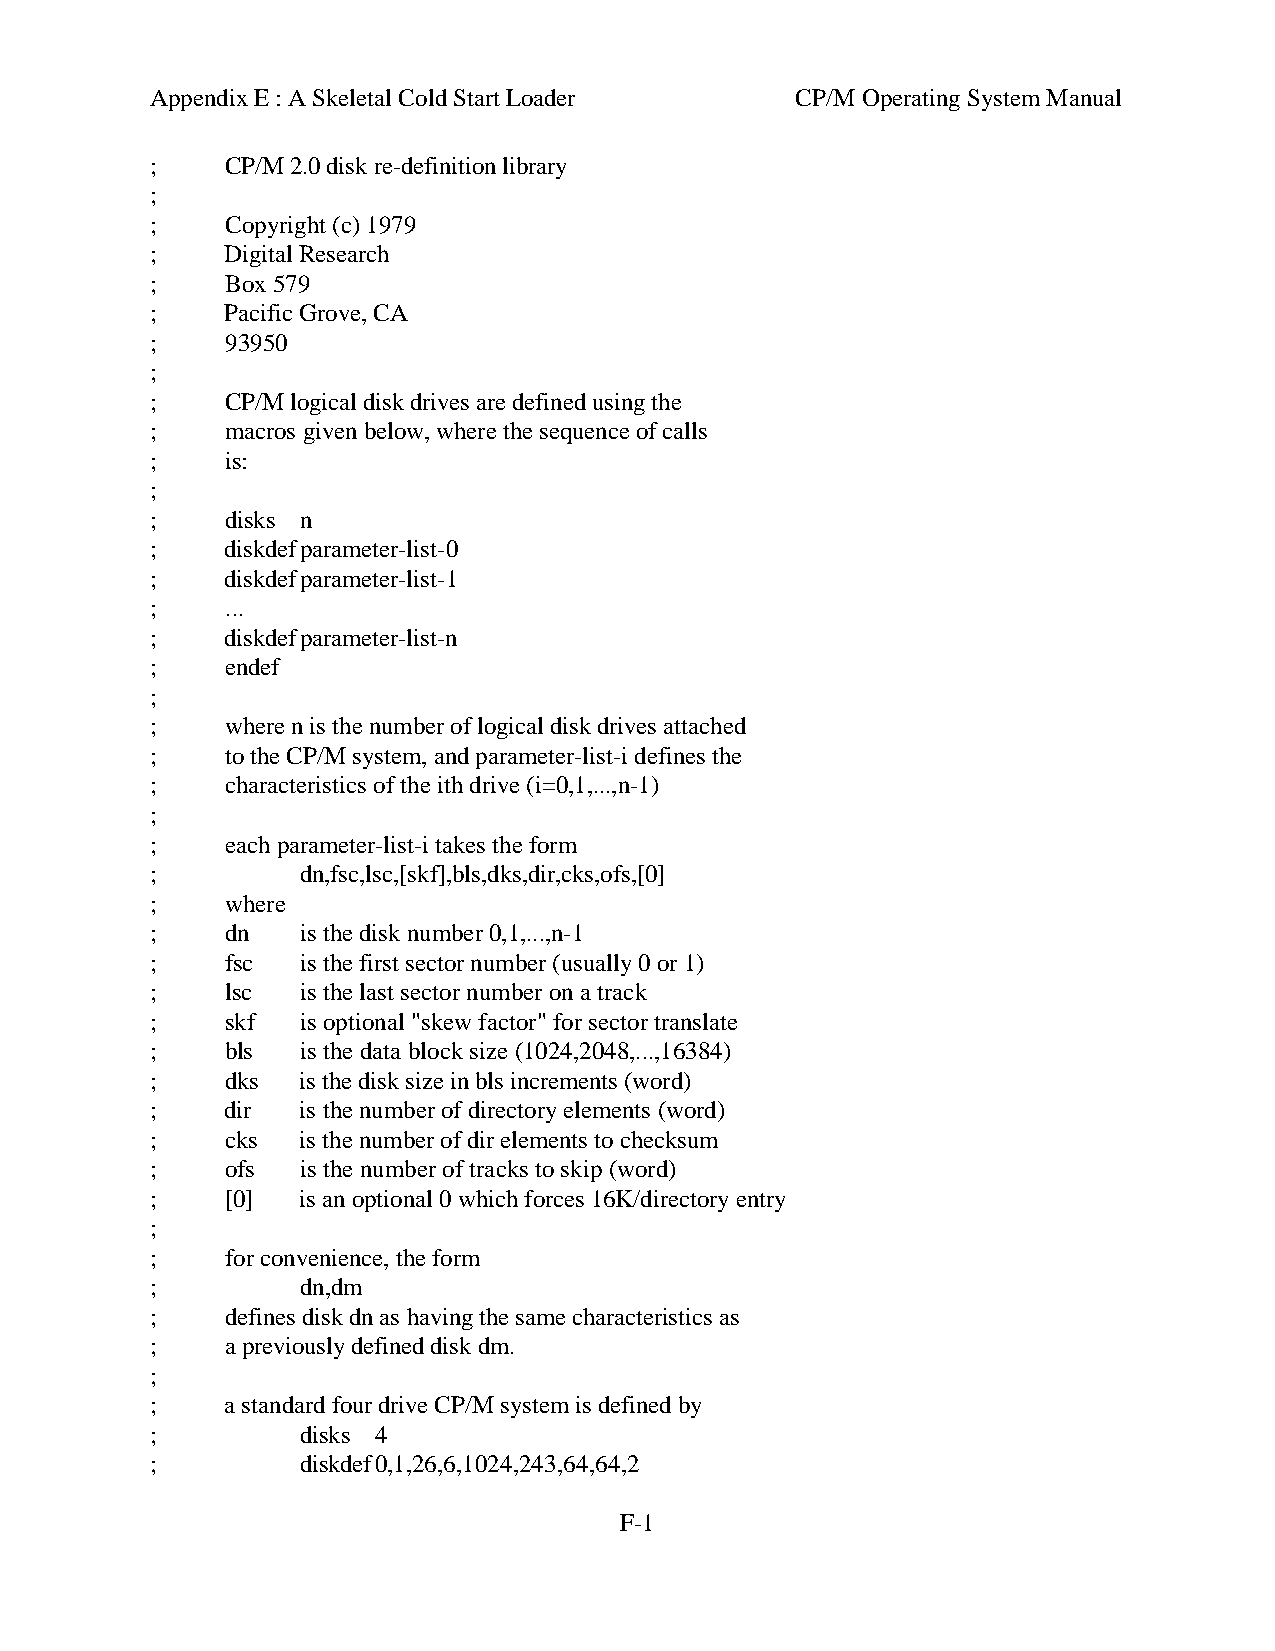
Appendix E : A Skeletal Cold Start Loader  CP/M Operating System Manual
 ;    CP/M 2.0 disk re-definition library
 ;
 ;    Copyright (c) 1979
 ;    Digital Research
 ;    Box 579
 ;    Pacific Grove, CA
 ;    93950
 ;
 ;    CP/M logical disk drives are defined using the
 ;    macros given below, where the sequence of calls
 ;    is:
 ;
 ;    disks n
 ;    diskdefparameter-list-0
 ;    diskdefparameter-list-1
 ;    ...
 ;    diskdefparameter-list-n
 ;    endef
 ;
 ;    where n is the number of logical disk drives attached
 ;    to the CP/M system, and parameter-list-i defines the
 ;    characteristics of the ith drive (i=0,1,...,n-1)
 ;
 ;    each parameter-list-i takes the form
 ;         dn,fsc,lsc,[skf],bls,dks,dir,cks,ofs,[0]
 ;    where
 ;    dn   is the disk number 0,1,...,n-1
 ;    fsc  is the first sector number (usually 0 or 1)
 ;    lsc  is the last sector number on a track
 ;    skf  is optional "skew factor" for sector translate
 ;    bls  is the data block size (1024,2048,...,16384)
 ;    dks  is the disk size in bls increments (word)
 ;    dir  is the number of directory elements (word)
 ;    cks  is the number of dir elements to checksum
 ;    ofs  is the number of tracks to skip (word)
 ;    [0]  is an optional 0 which forces 16K/directory entry
 ;
 ;    for convenience, the form
 ;         dn,dm
 ;    defines disk dn as having the same characteristics as
 ;    a previously defined disk dm.
 ;
 ;    a standard four drive CP/M system is defined by
 ;         disks 4
 ;         diskdef0,1,26,6,1024,243,64,64,2
 F-1